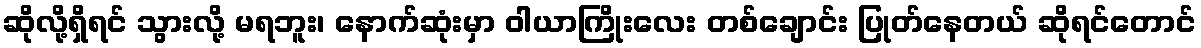
ဆိုလို့ရှိရင် သွားလို့ မရဘူး၊ နောက်ဆုံးမှာ ဝါယာကြိုးလေး တစ်ချောင်း ပြုတ်နေတယ် ဆိုရင်တောင်